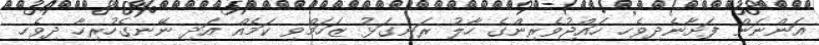
އަންނަން ފަށާނެދިވެހި ހައްޖުވެރިންގެ ހާލު ރަނގަޅު ޒަހަމްވި ކަމެއް އަދި ނޭނގެހުރިހާ ދިވެހި